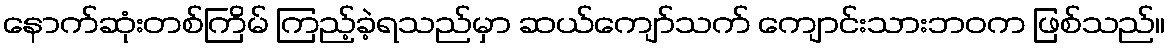
နောက်ဆုံးတစ်ကြိမ် ကြည့်ခဲ့ရသည်မှာ ဆယ်ကျော်သက် ကျောင်းသားဘဝက ဖြစ်သည်။